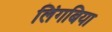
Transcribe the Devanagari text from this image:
लिंगबिया